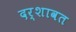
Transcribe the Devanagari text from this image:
दर्शावत